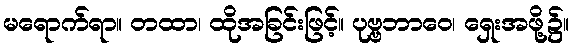
မရောက်ရာ။ တထာ၊ ထိုအခြင်းဖြင့်။ ပုဗ္ဗဘာဝေ၊ ရှေးအဖို့၌။